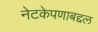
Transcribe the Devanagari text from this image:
नेटकेपणाबद्दल